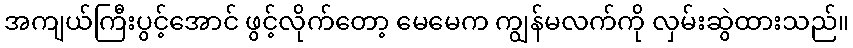
အကျယ်ကြီးပွင့်အောင် ဖွင့်လိုက်တော့ မေမေက ကျွန်မလက်ကို လှမ်းဆွဲထားသည်။